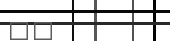
١٨